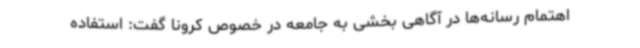
اهتمام رسانه‌ها در آگاهی بخشی به جامعه در خصوص کرونا گفت: استفاده